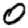
Digit: 0